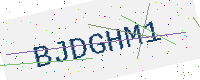
Text: BJDGHM1